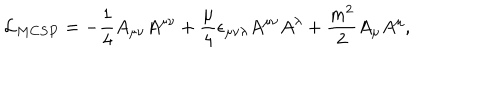
LaTeX: { \cal L } _ { M C S P } = - { \frac { 1 } { 4 } } A _ { \mu \nu } A ^ { \mu \nu } + { \frac { \mu } { 4 } } \epsilon _ { \mu \nu \lambda } A ^ { \mu \nu } A ^ { \lambda } + { \frac { m ^ { 2 } } { 2 } } A _ { \mu } A ^ { \mu } ,